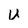
Character: U